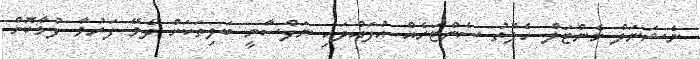
ނެޝަނަލް މެންޓަލް ހެލްތު ސެންޓަރެއް އުފައްދައި ނަފްސާނީ ބަލިތަކަށް ދެވޭ ފަރުވާ ފުޅާކޮށް